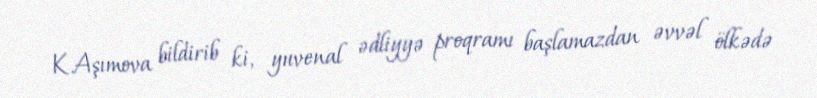
K.Aşımova bildirib ki, yuvenal ədliyyə proqramı başlamazdan əvvəl ölkədə